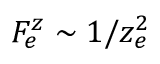
F _ { e } ^ { z } \sim 1 / z _ { e } ^ { 2 }